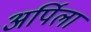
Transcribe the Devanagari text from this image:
अर्पिला